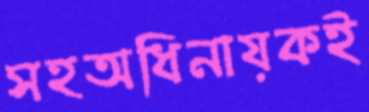
সহঅধিনায়কই